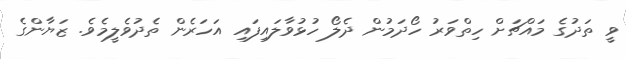
ވީ ތަދުގެ މައްޗަށް ހިތްވަރު ހޯދަމުން ދެލޯ ހުޅުވާލައިފައި އަހަރެން ތެދުވެލީމެވެ. ޒަޔާންގެ